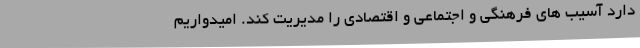
دارد آسیب های فرهنگی و اجتماعی و اقتصادی را مدیریت کند. امیدواریم